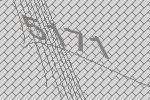
5171